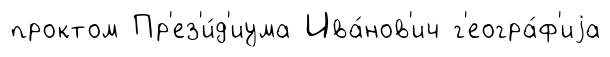
проктом Пр'ез'и́д'иума Ива́нов'ич г'еогра́ф'иjа